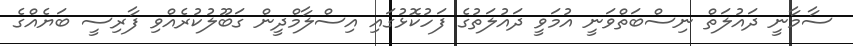
ސާމާނީ ދައުލަތް ނިސްބަތްވަނީ އުމަވީ ދައުލަތުގެ ފަހުކޮޅުގައި އިސްލާމްދީން ގަބޫލުކުރެއްވި ފާރިސީ ބަޔެއްގެ